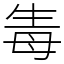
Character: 𤯟